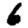
Digit: 6